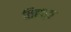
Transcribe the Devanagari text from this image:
तिहाड़ा